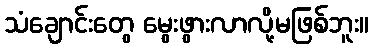
သံချောင်းတွေ မွေးဖွားလာလို့မဖြစ်ဘူး။